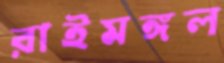
রাইমঙ্গল